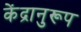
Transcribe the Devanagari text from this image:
केंद्रानुरूप